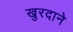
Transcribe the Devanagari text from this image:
खुरदाने